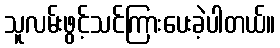
သူလမ်းဖွင့်သင်ကြားပေးခဲ့ပါတယ်။